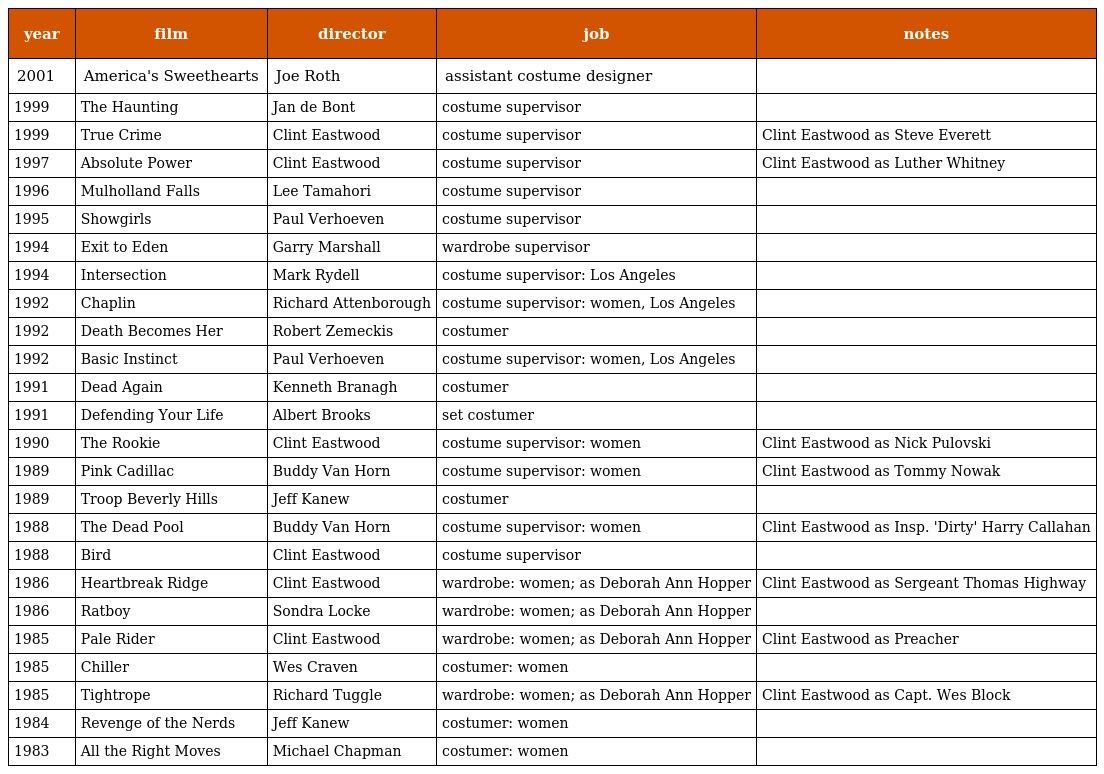
| year | film | director | job | notes |
 | --- | --- | --- | --- | --- |
 | 2001 | America's Sweethearts | Joe Roth | assistant costume designer |  |
 | 1999 | The Haunting | Jan de Bont | costume supervisor |  |
 | 1999 | True Crime | Clint Eastwood | costume supervisor | Clint Eastwood as Steve Everett |
 | 1997 | Absolute Power | Clint Eastwood | costume supervisor | Clint Eastwood as Luther Whitney |
 | 1996 | Mulholland Falls | Lee Tamahori | costume supervisor |  |
 | 1995 | Showgirls | Paul Verhoeven | costume supervisor |  |
 | 1994 | Exit to Eden | Garry Marshall | wardrobe supervisor |  |
 | 1994 | Intersection | Mark Rydell | costume supervisor: Los Angeles |  |
 | 1992 | Chaplin | Richard Attenborough | costume supervisor: women, Los Angeles |  |
 | 1992 | Death Becomes Her | Robert Zemeckis | costumer |  |
 | 1992 | Basic Instinct | Paul Verhoeven | costume supervisor: women, Los Angeles |  |
 | 1991 | Dead Again | Kenneth Branagh | costumer |  |
 | 1991 | Defending Your Life | Albert Brooks | set costumer |  |
 | 1990 | The Rookie | Clint Eastwood | costume supervisor: women | Clint Eastwood as Nick Pulovski |
 | 1989 | Pink Cadillac | Buddy Van Horn | costume supervisor: women | Clint Eastwood as Tommy Nowak |
 | 1989 | Troop Beverly Hills | Jeff Kanew | costumer |  |
 | 1988 | The Dead Pool | Buddy Van Horn | costume supervisor: women | Clint Eastwood as Insp. 'Dirty' Harry Callahan |
 | 1988 | Bird | Clint Eastwood | costume supervisor |  |
 | 1986 | Heartbreak Ridge | Clint Eastwood | wardrobe: women; as Deborah Ann Hopper | Clint Eastwood as Sergeant Thomas Highway |
 | 1986 | Ratboy | Sondra Locke | wardrobe: women; as Deborah Ann Hopper |  |
 | 1985 | Pale Rider | Clint Eastwood | wardrobe: women; as Deborah Ann Hopper | Clint Eastwood as Preacher |
 | 1985 | Chiller | Wes Craven | costumer: women |  |
 | 1985 | Tightrope | Richard Tuggle | wardrobe: women; as Deborah Ann Hopper | Clint Eastwood as Capt. Wes Block |
 | 1984 | Revenge of the Nerds | Jeff Kanew | costumer: women |  |
 | 1983 | All the Right Moves | Michael Chapman | costumer: women |  |